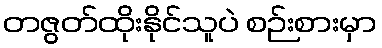
တဇွတ်ထိုးနိုင်သူပဲ စဉ်းစားမှာ